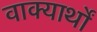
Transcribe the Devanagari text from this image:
वाक्यार्थों